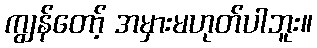
ကျွန်တော့် အမှားမဟုတ်ပါဘူး။